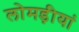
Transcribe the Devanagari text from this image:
लोमड़ीयां